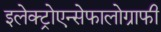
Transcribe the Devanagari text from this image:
इलेक्ट्रोएन्सेफालोग्राफी